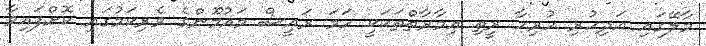
މާލޭގައި އަދިހުރި ހުރިހާ ރީތި ޢިމާރާތްތަކަކީ ހަަމަ ރައީސް މައުމޫންގެ ވެރިކަމުގައި ކޮށްފައިވާ